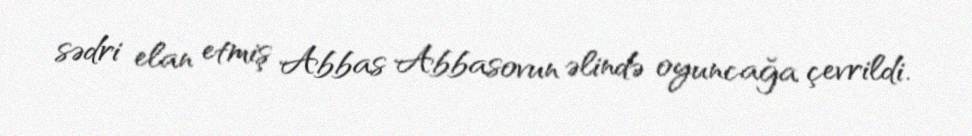
sədri elan etmiş Abbas Abbasovun əlində oyuncağa çevrildi.